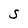
Character: S